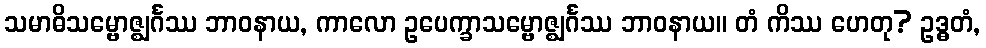
သမာဓိသမ္ဗောဇ္ဈင်္ဂဿ ဘာဝနာယ, ကာလော ဥပေက္ခာသမ္ဗောဇ္ဈင်္ဂဿ ဘာဝနာယ။ တံ ကိဿ ဟေတု? ဥဒ္ဓတံ,